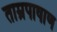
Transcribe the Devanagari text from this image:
ताम्रपाषाण